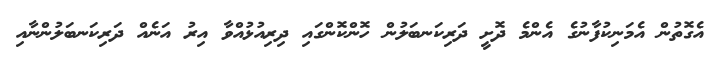
އެގޮތުން އެމަނިކުފާނުގެ އެންމެ ދޮށީ ދަރިކަނބަލުން ހޮންކޮންގައި ދިރިއުޅުއްވާ އިރު އަނެއް ދަރިކަނބަލުންނާއި